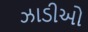
ઝાડીઓ